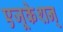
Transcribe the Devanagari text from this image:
एजूकेशन्